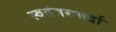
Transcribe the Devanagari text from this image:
स्वतंत्रस्पर्द्धा